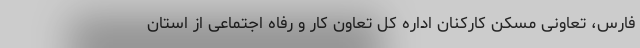
فارس، تعاونی مسکن کارکنان اداره کل تعاون کار و رفاه اجتماعی از استان